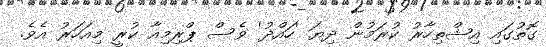
ގޮތުގައި އިޝްތިހާރު ކުރަމުން ދިޔަ 'ހައްދު' ވެސް ޕްރިމިއާ ކުރީ މިއަހަރު އެވެ.